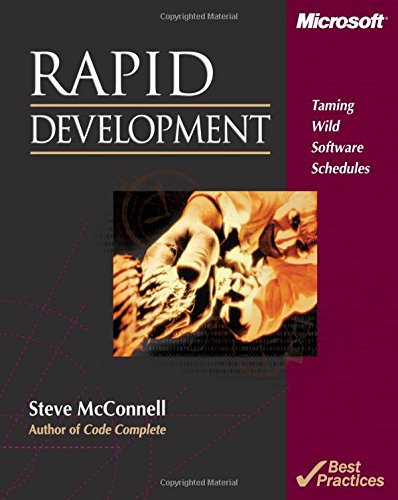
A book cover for Rapid Development: Taming Wild Software Schedules; Steve McConnell; Computers & Technology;